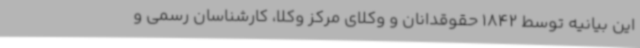
این بیانیه توسط 1842 حقوقدانان و وکلای مرکز وکلا، کارشناسان رسمی و